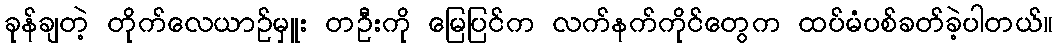
ခုန်ချတဲ့ တိုက်လေယာဉ်မှူး တဦးကို မြေပြင်က လက်နက်ကိုင်တွေက ထပ်မံပစ်ခတ်ခဲ့ပါတယ်။